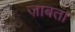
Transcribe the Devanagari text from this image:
ज़ाबता